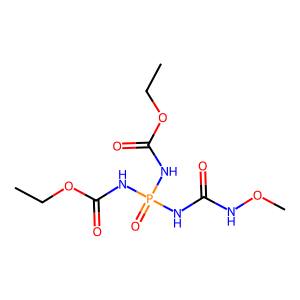
SMILES: CCOC(=O)NP(=O)(NC(=O)NOC)NC(=O)OCC
Inhibits HIV replication: No